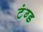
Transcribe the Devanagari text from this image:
टंग्ड